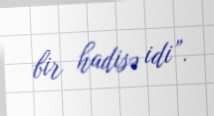
bir hadisə idi”.